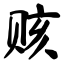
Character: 赅